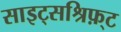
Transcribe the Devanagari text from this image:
साइट्सश्रिफ़्ट